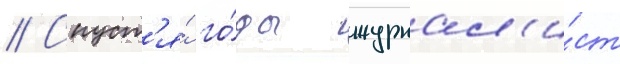
// Спуст'я́ го́ды журнал'и́ст